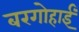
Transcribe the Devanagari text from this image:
बरगोहाईं